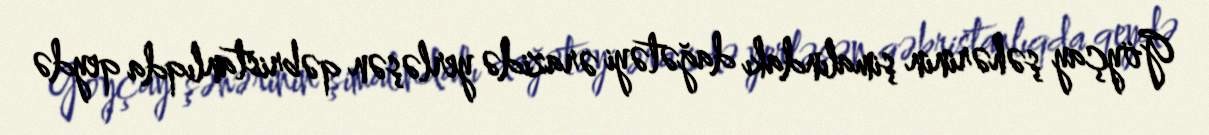
Göyçay şəhərinin şimalındakı dağətəyi ərazidə yerləşən qəbristanlıqda qeydə